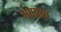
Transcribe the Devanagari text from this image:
अपाठ्य